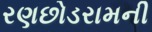
રણછોડરામની